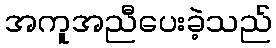
အကူအညီပေးခဲ့သည်